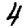
Digit: 4